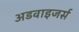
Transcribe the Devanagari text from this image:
अडवाइजर्स